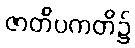
ဇာတိပကတိ၌